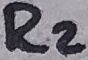
Text: R2